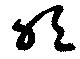
吹